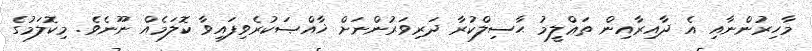
މާހިރުންނާއި އެ ދާއިރާއިން ތަޢްލީމު ޙާސިލްކުރާ ދަރިވަރުންނަށް ޚާއްޞަކުރެވިފައިވާ ކޮލަމެއް ނޫނެވެ. މިކޮލަމުގެ